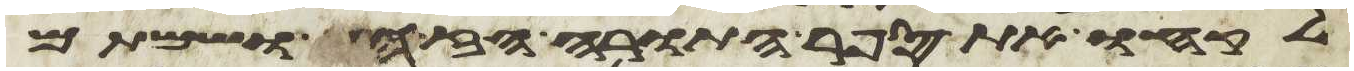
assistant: לקחו את ספר התורה הזה ושמתם